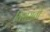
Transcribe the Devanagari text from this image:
विरासतो